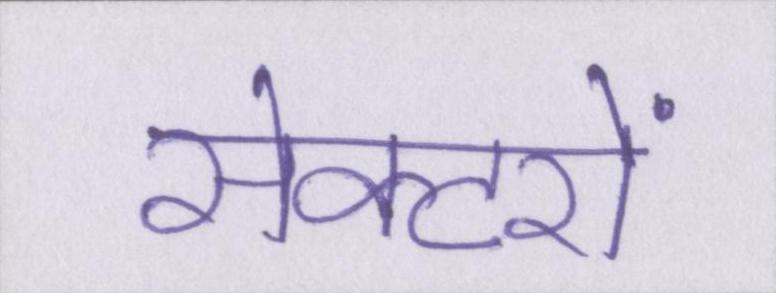
सेक्टरों